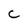
Character: c